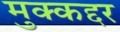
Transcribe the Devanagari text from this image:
मुक्कद्दर